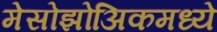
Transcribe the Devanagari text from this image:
मेसोझोअिकमध्ये